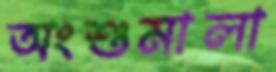
অংশুমালা